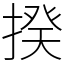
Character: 揆